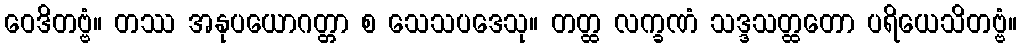
ဝေဒိတဗ္ဗံ။ တဿ အနုပယောဂတ္တာ စ သေသပဒေသု။ တတ္ထ လက္ခဏံ သဒ္ဒသတ္ထတော ပရိယေသိတဗ္ဗံ။